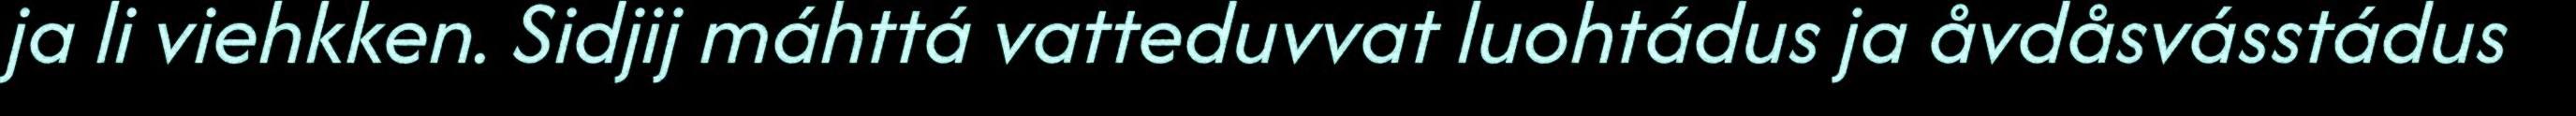
ja li viehkken. Sidjij máhttá vatteduvvat luohtádus ja åvdåsvásstádus